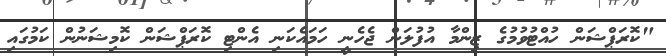
"ކޮރަޕްޝަން ހުއްޓުވުމުގެ ޒިންމާ އުފުލަން ޖެހެނީ ހަމައެކަނި އެންޓި ކޮރަޕްޝަން ކޮމިޝަނުން ކަމުގައި